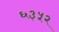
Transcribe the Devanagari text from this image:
६३५२